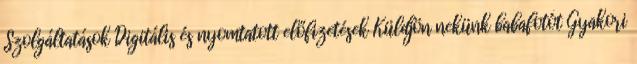
Szolgáltatások Digitális és nyomtatott előfizetések Küldjön nekünk babafotót Gyakori